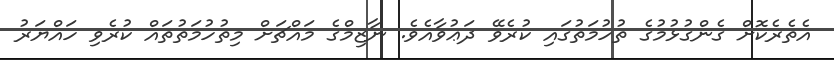
އެތެރެކޮށް ގެންގުޅުމުގެ ތުހުމަތުގައި ކުރެވޭ ދަޢުވާއެވެ. ނާޒިމްގެ މައްޗަށް މިތުހުމަތުތައް ކުރެވި ހައްޔަރު